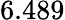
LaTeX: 6.489